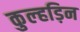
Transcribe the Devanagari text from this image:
कुल्‍हड़िन